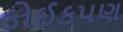
કોઈકપણ